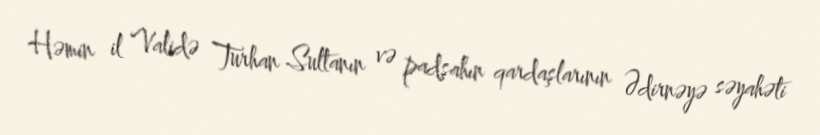
Həmin il Validə Turhan Sultanın və padşahın qardaşlarının Ədirnəyə səyahəti